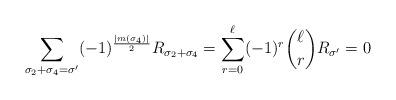
LaTeX: \begin{align*} \sum_{\sigma_2 +\sigma_4 =\sigma'} (-1)^{\frac{\lvert m(\sigma_4) \rvert}{2}} R_{\sigma_2 +\sigma_4} = \sum_{r=0}^\ell (-1)^r \binom{\ell}{r} R_{\sigma'} =0 \end{align*}